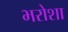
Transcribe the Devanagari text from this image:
भरोशा